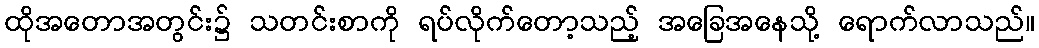
ထိုအတောအတွင်း၌ သတင်းစာကို ရပ်လိုက်တော့သည့် အခြေအနေသို့ ရောက်လာသည်။